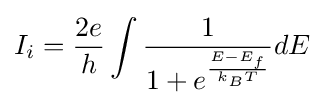
I_{i}={\frac {2e}{h}}\int {\frac {1}{1+e^{\frac {E-E_{f}}{k_{B}T}}}}dE